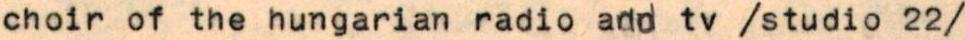
choir of the hungarian radio and tv /studio 22/